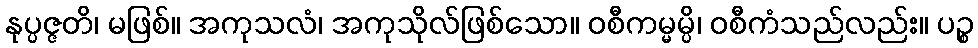
နုပ္ပဇ္ဇတိ၊ မဖြစ်။ အကုသလံ၊ အကုသိုလ်ဖြစ်သော။ ဝစီကမ္မမ္ပိ၊ ဝစီကံသည်လည်း။ ပဉ္စ